Civil Veterinary Department Bengal reports 1933-51 - 1933-1951
Year: 1933
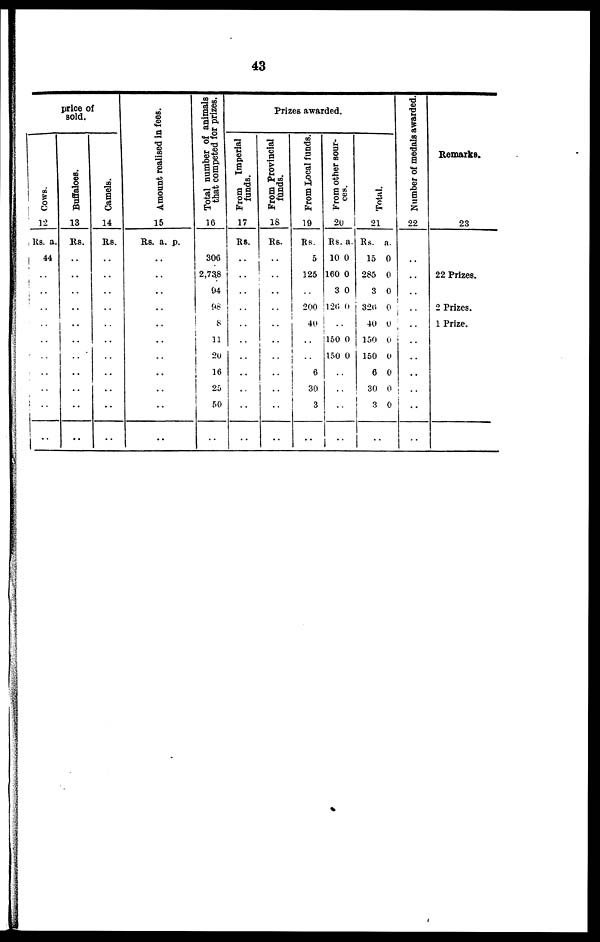
43
price of
sold.
cows.
12
Rs. a.
44
..
..
..
..
..
..
..
..
..
..
Buffaloes.
13
Rs.
..
..
..
..
..
..
..
..
..
..
..
Camels.
14
Rs.
..
..
..
..
..
..
..
..
..
..
..
Amount realised in fees.
15
Rs.
..
..
..
..
..
..
..
..
..
..
..
a. p.
Total number of animals
that competed for prizes.
16
306
2,73.8
94
98
8
11
20
16
25
50
..
Prizes awarded.
From Imperial
funds.
17
Rs.
..
..
..
..
..
..
..
..
..
..
..
From Provincial
funds.
18
Rs.
..
..
..
..
..
..
..
..
..
..
..
From Local funds.
19
Rs.
5
125
..
200
40
..
..
6
30
3
..
Fr om other sour-
-es.
20
Rs.
10
160
3
120
..
150
150
..
..
..
..
a.
0
0
0
0
0
0
Total.
21
Rs.
15
285
3
326
40
150
150
6
30
3
..
a.
0
0
0
0
0
0
0
0
0
0
Number of medals awarded.
22
..
..
..
..
..
..
..
..
..
..
..
Remarks.
23
22 Prizes.
2 Prizes.
1 Prize.